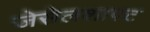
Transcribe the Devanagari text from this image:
जेसेलशाफ्ट